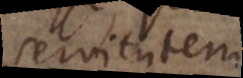
servitut